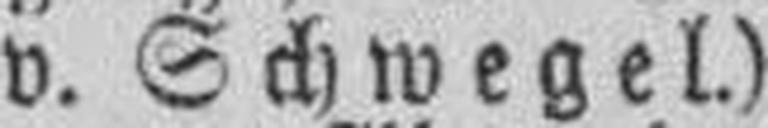
v. Schwegel.)